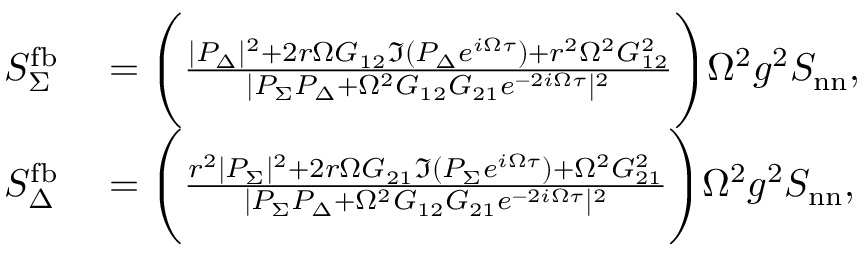
\begin{array} { r l } { S _ { \Sigma } ^ { \mathrm { f b } } } & { { } = \Bigg ( \frac { | P _ { \Delta } | ^ { 2 } + 2 r \Omega G _ { 1 2 } \Im ( P _ { \Delta } e ^ { i \Omega \tau } ) + r ^ { 2 } \Omega ^ { 2 } G _ { 1 2 } ^ { 2 } } { | P _ { \Sigma } P _ { \Delta } + \Omega ^ { 2 } G _ { 1 2 } G _ { 2 1 } e ^ { - 2 i \Omega \tau } | ^ { 2 } } \Bigg ) \Omega ^ { 2 } g ^ { 2 } S _ { \mathrm { n n } } , } \\ { S _ { \Delta } ^ { \mathrm { f b } } } & { { } = \Bigg ( \frac { r ^ { 2 } | P _ { \Sigma } | ^ { 2 } + 2 r \Omega G _ { 2 1 } \Im ( P _ { \Sigma } e ^ { i \Omega \tau } ) + \Omega ^ { 2 } G _ { 2 1 } ^ { 2 } } { | P _ { \Sigma } P _ { \Delta } + \Omega ^ { 2 } G _ { 1 2 } G _ { 2 1 } e ^ { - 2 i \Omega \tau } | ^ { 2 } } \Bigg ) \Omega ^ { 2 } g ^ { 2 } S _ { \mathrm { n n } } , } \end{array}